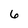
Character: 6